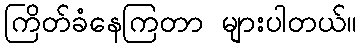
ကြိတ်ခံနေကြတာ များပါတယ်။